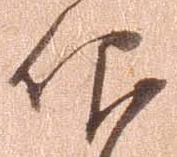
仰